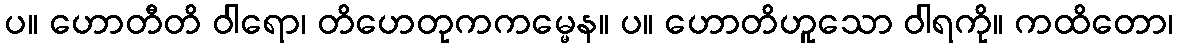
ပ။ ဟောတီတိ ဝါရော၊ တိဟေတုကကမ္မေန။ ပ။ ဟောတိဟူသော ဝါရကို။ ကထိတော၊